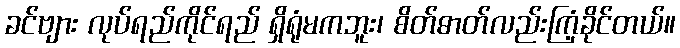
ခင်ဗျား လုပ်ရည်ကိုင်ရည် ရှိရုံမကဘူး၊ စိတ်ဓာတ်လည်းကြံ့ခိုင်တယ်။